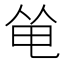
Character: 𠉒